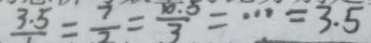
\frac { 3 . 5 } { 1 } = \frac { 7 } { 2 } = \frac { 1 0 . 5 } { 3 } = \cdots = 3 . 5